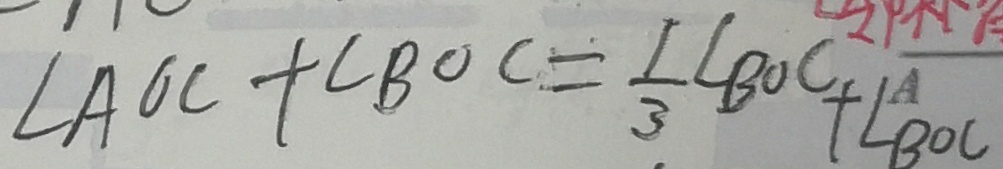
\angle A O C + \angle B O C = \frac { 1 } { 3 } \angle B O C + \angle B O C